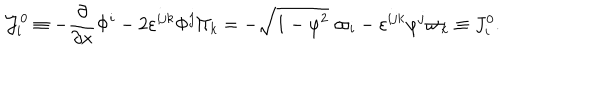
LaTeX: { \cal J } _ { i } ^ { 0 } \equiv - \frac \partial { \partial x } \Phi ^ { i } - 2 \varepsilon ^ { i j k } \Phi ^ { j } \Pi _ { k } = - \sqrt { 1 - { \varphi } ^ { 2 } } \; \varpi _ { i } - \varepsilon ^ { i j k } \varphi ^ { j } \varpi _ { k } \equiv J _ { i } ^ { 0 } .